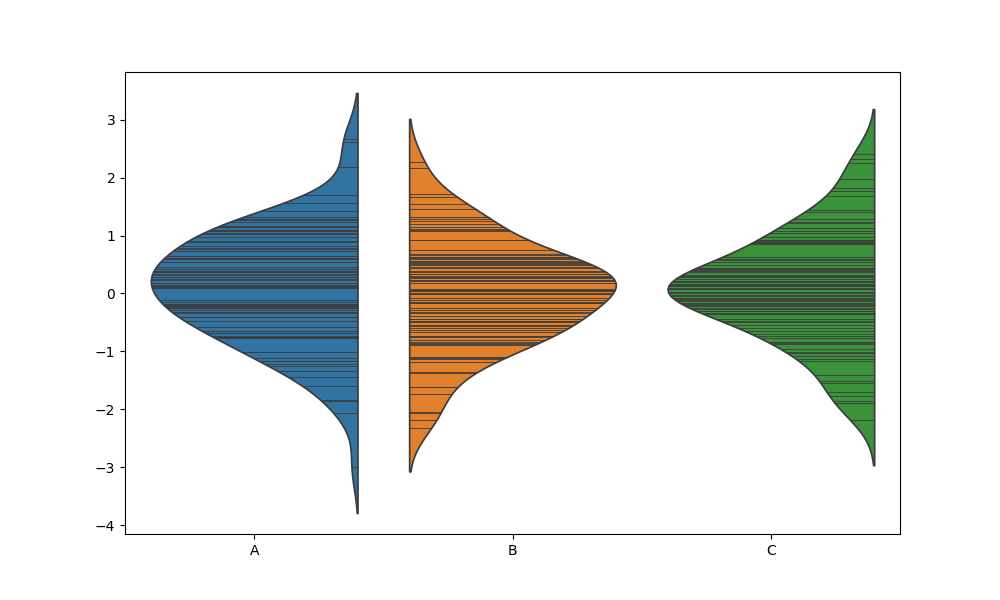
python, seaborn, violinplot, scale='area', split='True', inner='stick', fill='True'